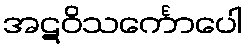
အဋဝိသင်္ကောပေါ